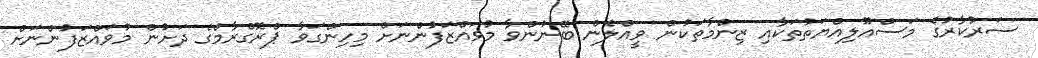
ސަރުކާރުގެ މަސްއޫލިއްޔަތުތަކާއި ޒިންމާތަކުން ވީއްލެން ބޭނުންވާ މުވައްޒަފުންނަށް މިހިންގަވާ ޕްރޮގްރާމްގެ ދަށުން މުވައްޒަފުންނަށް